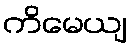
ကိမေယျ